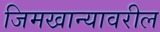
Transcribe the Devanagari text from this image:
जिमखान्यावरील